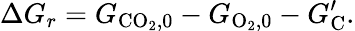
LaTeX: \Delta G_{r}=G_{\mathrm{CO_{2},0}}-G_{\mathrm{O_{2},0}}-G_{\mathrm{C}}^{\prime}.